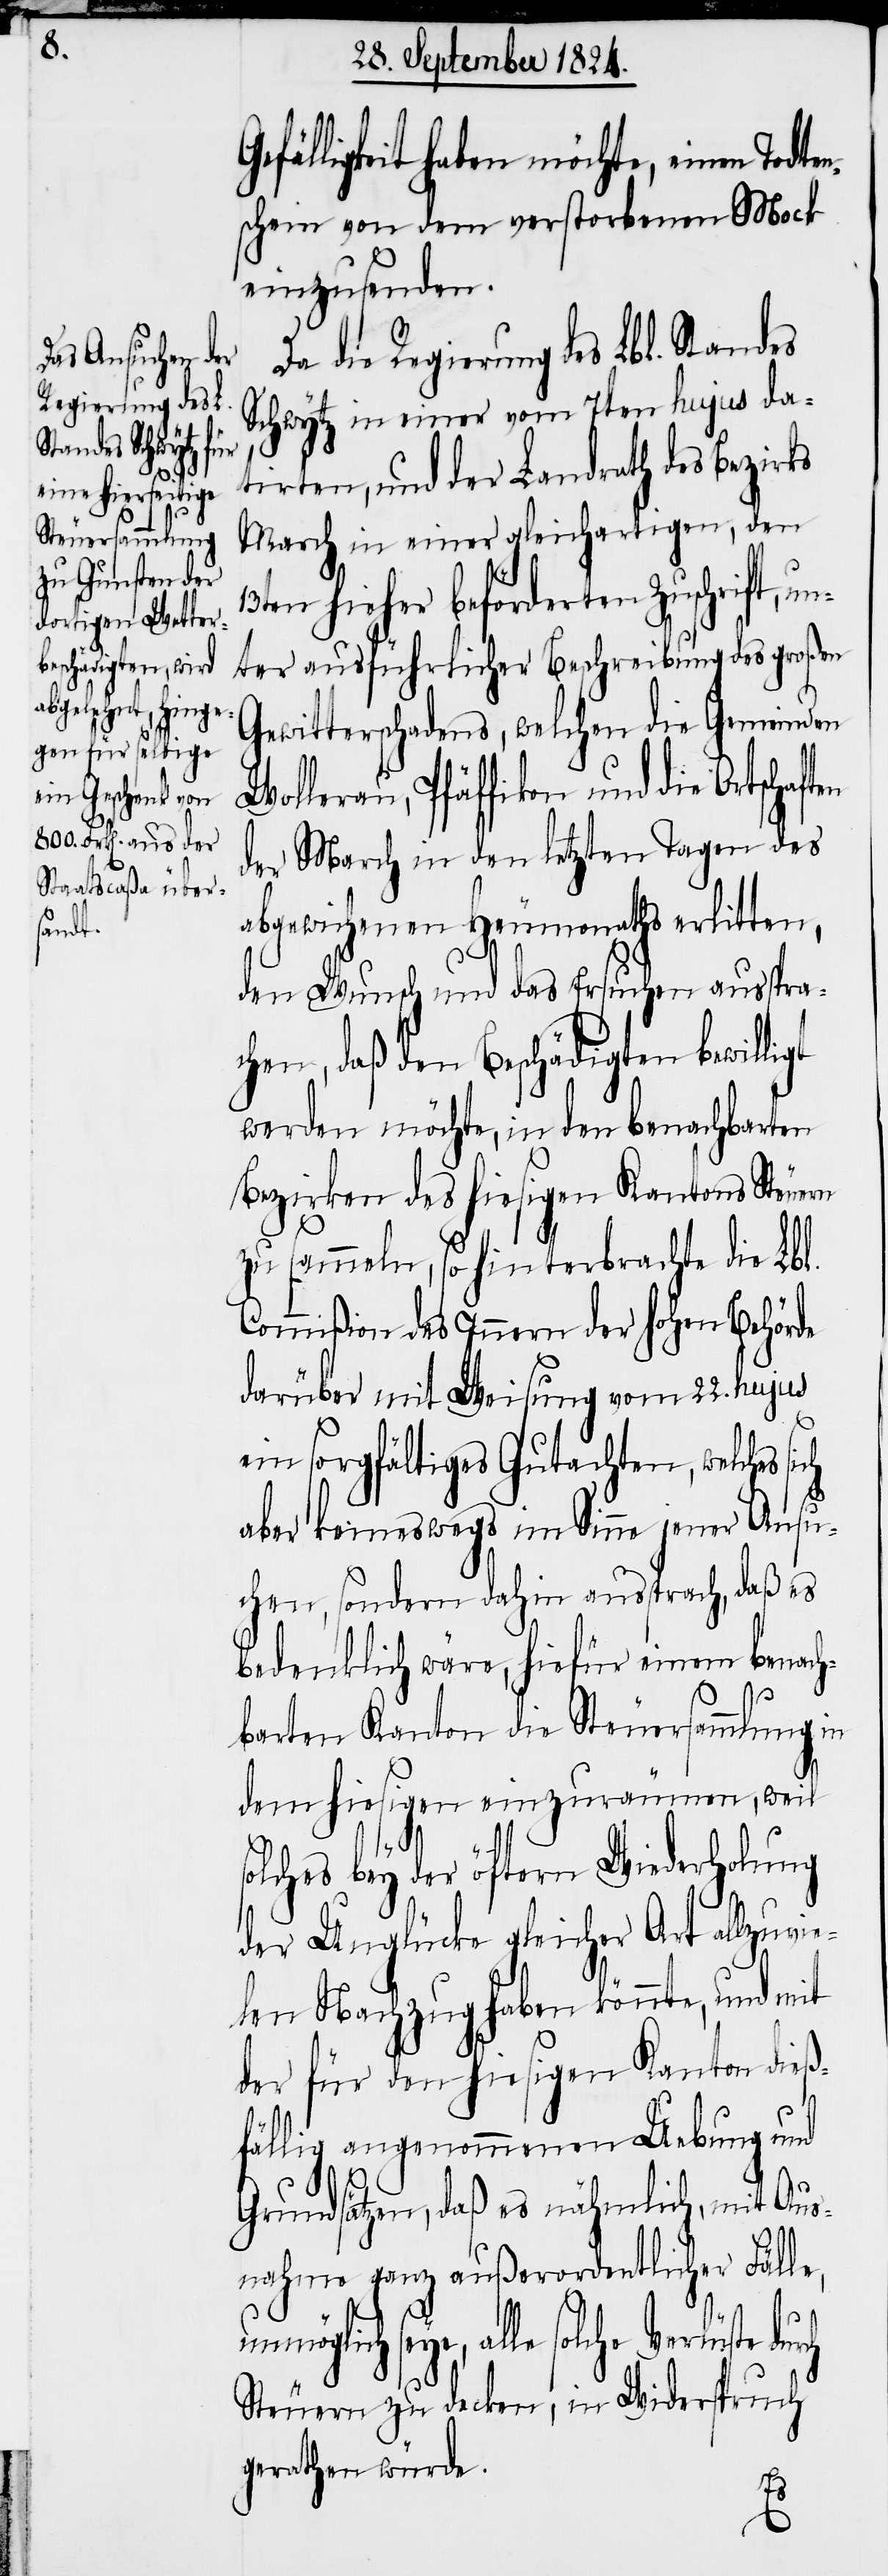
Gefälligkeit haben möchte, einen Todte¬
nschein von dem verstorbenen Mock
einzusenden.
Da die Regierung des Lbl. Standes
Schwytz in einer vom 7ten hujus da¬
tirten, und der Landrath des Bezirks
March in einer gleichartigen, den
13ten hieher beförderten Zuschrift, u¬
nter ausführlicher Beschreibung des großen
Gewitterschadens, welchen die Gemeinden
Wollerau, Pfäffikon und die Ortschaf¬
der March in den letzten Tagen des
abgewichenen Heumonaths erlitten,
den Wunsch und das Ersuchen ausspra¬
chen, daß den Beschädigten bewilligt
werden möchte, in den benachbarten
Bezirken des hiesigen Kantons Steuern
zu sammeln, so hinterbrachte die Lbl.
Commißion des Innern der hohen Behörde
darüber mit Weisung vom 22. hujus
ein sorgfältiges Gutachten, welches
aber keineswegs im Sinne jener Ansu¬
chen, sondern dahin aussprach, daß es
bedenklich wäre, hiefür einem benac¬
ten
hbarten Kanton die Steuersammlung in
dem hiesigen einzuräumen, weil
s¬
olches bey der öftern Wiederholung
der Unglücke gleicher Art allzuvie¬
len Nachzug haben könnte, und mit
der für den hiesigen Kanton dieß¬
fällig angenommenen Uebung und
Grundsätzen, daß es nähmlich, mit Aus¬
nahme ganz außerordentlicher Fälle,
unmöglich seye, alle solche
Steuern zu decken, in Widerspruch
gerathen würde.